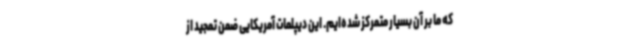
که ما بر آن بسیار متمرکز شده‌ایم. این دیپلمات آمریکایی ضمن تمجید از